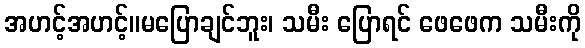
အဟင့်အဟင့်။မပြောချင်ဘူး၊ သမီး ပြောရင် ဖေဖေက သမီးကို